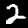
Label: 2